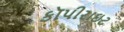
કૉપીરાઇટ